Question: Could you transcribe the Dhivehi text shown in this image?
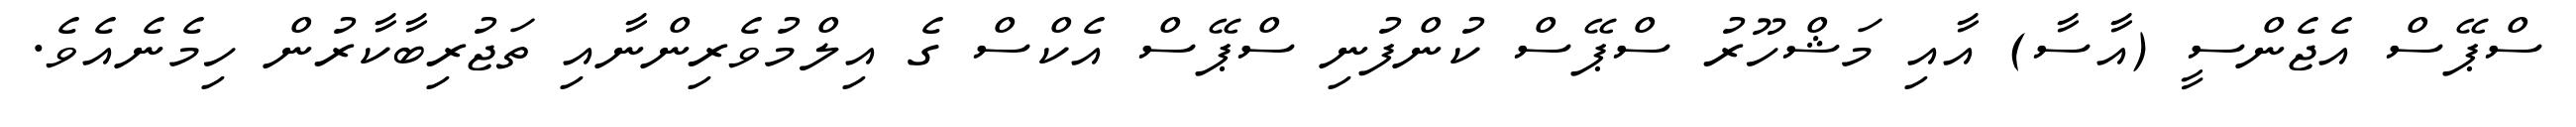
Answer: ސްޕޭސް އެޖެންސީ (އާސާ) އާއި މަޝްހޫރު ސްޕޭސް ކުންފުނި ސްޕޭސް އެކްސް ގެ އިލްމުވެރިންނާއި ތަޖުރިބާކާރުން ހިމެނެއެވެ.